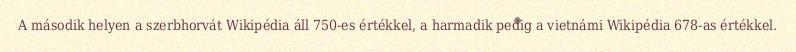
A második helyen a szerbhorvát Wikipédia áll 750-es értékkel, a harmadik pedig a vietnámi Wikipédia 678-as értékkel.